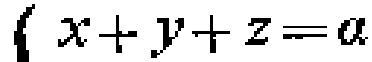
\(x + y + z = a\)